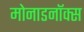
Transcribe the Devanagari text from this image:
मोनाडनॉक्स